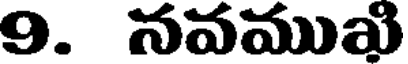
9. నవముఖి